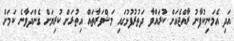
އަދި އެމަނިކުފާނު ރާއްޖެއަށް ކުރައްވާ ދަތުރުފުޅުގައި މަޝްވަރާތައް އިތުރަށް ކުރިޔަށް ގެންދަވާނެ ކަމަށް